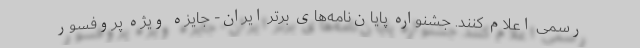
رسمی اعلام کنند. جشنواره پایان‌نامه‌های برتر ایران- جایزه ویژه پروفسور